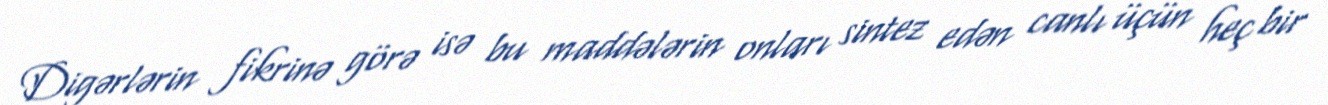
Digərlərin fikrinə görə isə bu maddələrin onları sintez edən canlı üçün heç bir